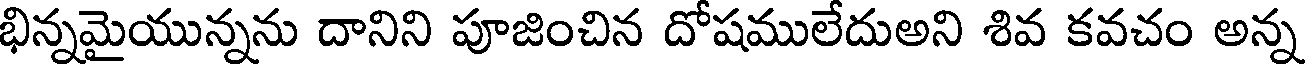
భిన్నమైయున్నను దానిని పూజించిన దోషములేదుఅని శివ కవచం అన్న